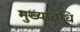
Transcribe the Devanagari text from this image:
मुख्यावधि